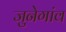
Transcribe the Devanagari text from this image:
जुनेगांव